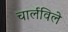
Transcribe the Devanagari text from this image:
चार्लविले